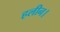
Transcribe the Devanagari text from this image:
हलीन।